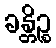
ခန္တိဉ္စ